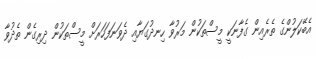
އެބޭކަލުންގެ ތެރެއިން ގެފާނަކީ މީސްތަކުން މަރުވާ ހިނދުގަޔާއި ދެވަނަފަހަރަށް މީސްތަކުން ދިރިގެން ތެދުވާ